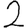
Digit: 2